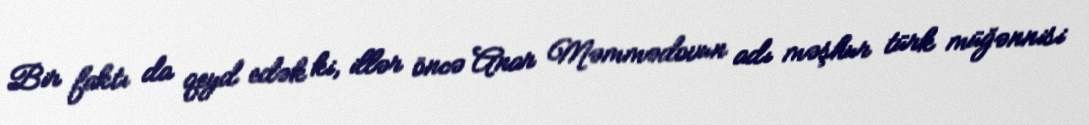
Bir faktı da qeyd edək ki, illər öncə Anar Məmmədovun adı məşhur türk müğənnisi